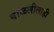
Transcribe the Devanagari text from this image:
बाळलीलाही